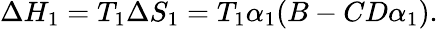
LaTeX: \Delta{H_{1}}=T_{1}\Delta{S_{1}}=T_{1}\alpha_{1}(B-CD\alpha_{1}).